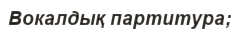
Вокалдық партитура;